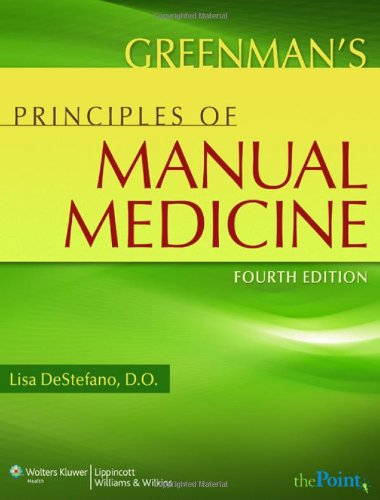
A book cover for Greenman's Principles of Manual Medicine (Point (Lippincott Williams & Wilkins)); Lisa A. DeStefano DO; Medical Books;